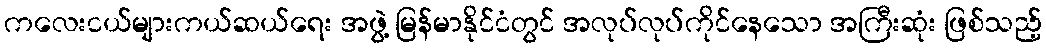
ကလေးငယ်များကယ်ဆယ်ရေး အဖွဲ့ မြန်မာနိုင်ငံတွင် အလုပ်လုပ်ကိုင်နေသော အကြီးဆုံး ဖြစ်သည့်